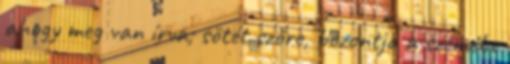
ahogy meg van írva; sötét szôre, bozontja a szemébe